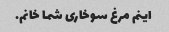
اینم مرغ سوخاری شما خانم.